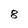
Character: 8